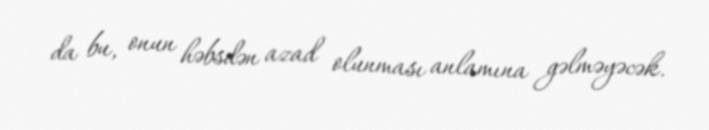
da bu, onun həbsdən azad olunması anlamına gəlməyəcək.